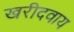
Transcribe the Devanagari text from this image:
खरीदवाय